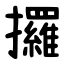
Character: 攞